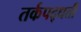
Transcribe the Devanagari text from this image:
तर्कपद्धती